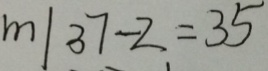
m \vert 3 7 - 2 = 3 5